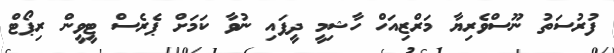
ފުރުސަތު ނޫސްވެރިޔާ މަރްޒިއަހް ހާޝިމީ ދީފައި ނުވާ ކަމަށް ޕެރެސް ޓީވީން ރިޕޯޓް